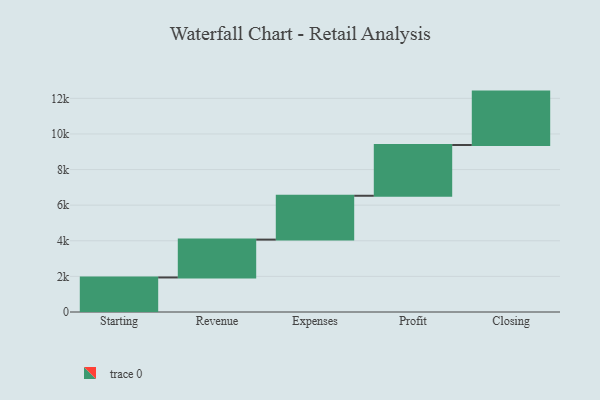
{"axis": {"x": "Step", "y": "Value"}, "legend": [""], "data": [{"x": "Starting", "y": 1940.0, "type": ""}, {"x": "Revenue", "y": 2126.0, "type": ""}, {"x": "Expenses", "y": 2463.0, "type": ""}, {"x": "Profit", "y": 2850.0, "type": ""}, {"x": "Closing", "y": 3000, "type": ""}]}